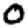
Digit: 0